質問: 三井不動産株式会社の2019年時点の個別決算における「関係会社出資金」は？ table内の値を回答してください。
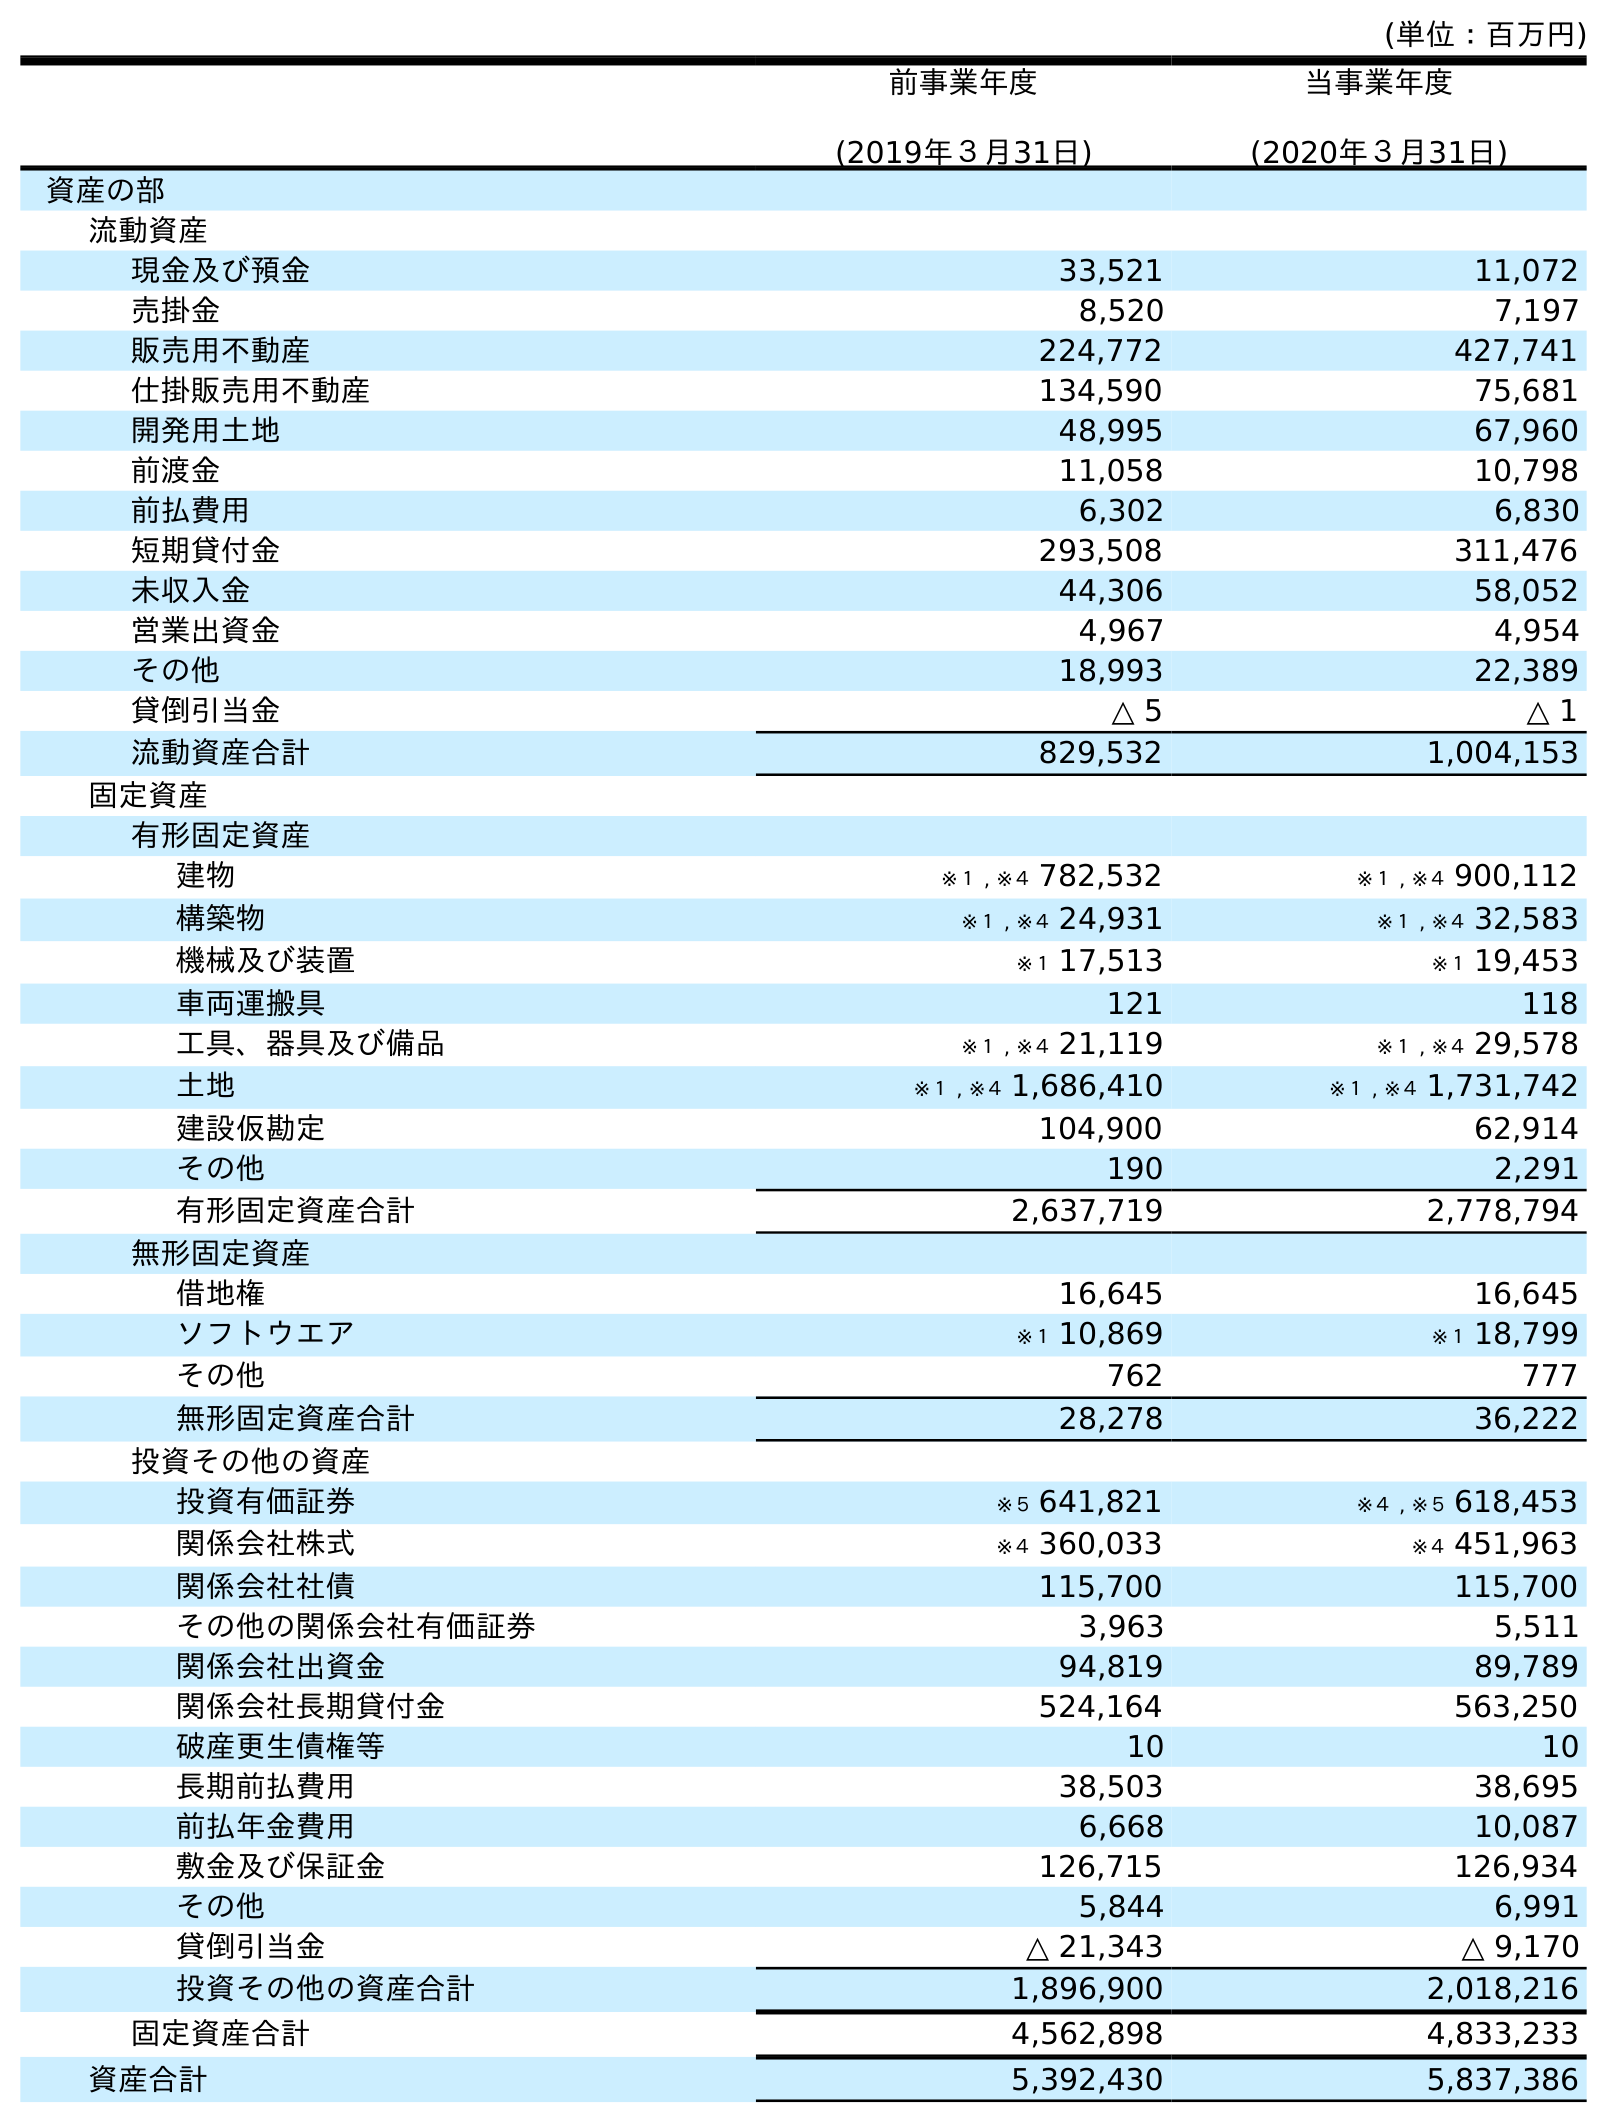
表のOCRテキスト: (単位：百万円) 前事業年度 (2019年３月31日) 当事業年度 (2020年３月31日) 資産の部 流動資産 現金及び預金 33,521 11,072 売掛金 8,520 7,197 販売用不動産 224,772 427,741 仕掛販売用不動産 134,590 75,681 開発用土地 48,995 67,960 前渡金 11,058 10,798 前払費用 6,302 6,830 短期貸付金 293,508 311,476 未収入金 44,306 58,052 営業出資金 4,967 4,954 その他 18,993 22,389 貸倒引当金 △ 5 △ 1 流動資産合計 829,532 1,004,153 固定資産 有形固定資産 建物 ※１ , ※４ 782,532 ※１ , ※４ 900,112 構築物 ※１ , ※４ 24,931 ※１ , ※４ 32,583 機械及び装置 ※１ 17,513 ※１ 19,453 車両運搬具 121 118 工具、器具及び備品 ※１ , ※４ 21,119 ※１ , ※４ 29,578 土地 ※１ , ※４ 1,686,410 ※１ , ※４ 1,731,742 建設仮勘定 104,900 62,914 その他 190 2,291 有形固定資産合計 2,637,719 2,778,794 無形固定資産 借地権 16,645 16,645 ソフトウエア ※１ 10,869 ※１ 18,799 その他 762 777 無形固定資産合計 28,278 36,222 投資その他の資産 投資有価証券 ※５ 641,821 ※４ , ※５ 618,453 関係会社株式 ※４ 360,033 ※４ 451,963 関係会社社債 115,700 115,700 その他の関係会社有価証券 3,963 5,511 関係会社出資金 94,819 89,789 関係会社長期貸付金 524,164 563,250 破産更生債権等 10 10 長期前払費用 38,503 38,695 前払年金費用 6,668 10,087 敷金及び保証金 126,715 126,934 その他 5,844 6,991 貸倒引当金 △ 21,343 △ 9,170 投資その他の資産合計 1,896,900 2,018,216 固定資産合計 4,562,898 4,833,233 資産合計 5,392,430 5,837,386
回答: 94,819